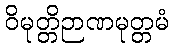
ဝိမုတ္တိဉာဏမုတ္တမံ